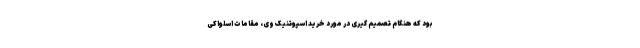
بود که هنگام تصمیم گیری در مورد خرید اسپوتنیک وی، مقامات اسلواکی